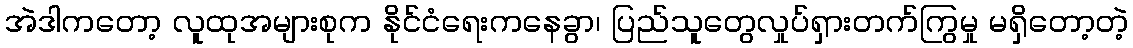
အဲဒါကတော့ လူထုအများစုက နိုင်ငံရေးကနေခွာ၊ ပြည်သူတွေလှုပ်ရှားတက်ကြွမှု မရှိတော့တဲ့